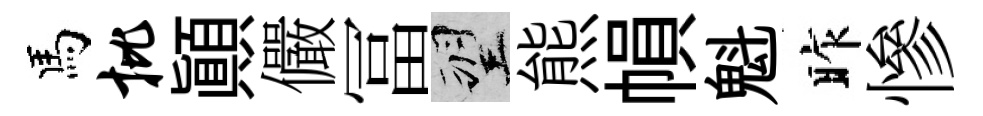
馬批顚儼冨望熊𢄙魁昨慘